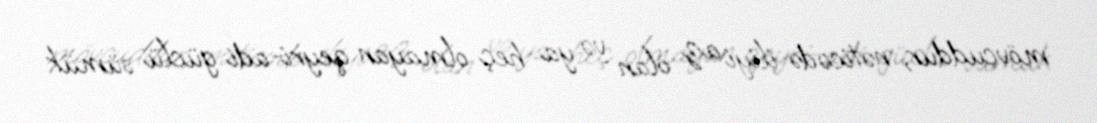
mövcuddur, nəticədə iliyi az olan və ya heç olmayan qeyri-adi güclü sümük